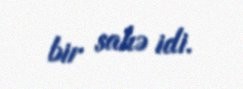
bir sahə idi.